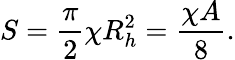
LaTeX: S={\frac{\pi}{2}}\chi R_{h}^{2}={\frac{\chi A}{8}}.